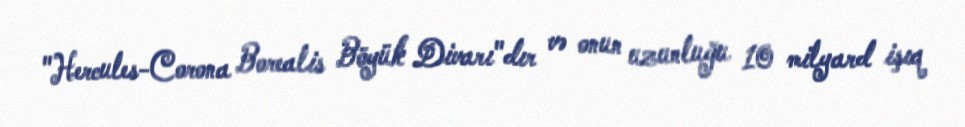
"Hercules-Corona Borealis Böyük Divarı"dır və onun uzunluğu 10 milyard işıq